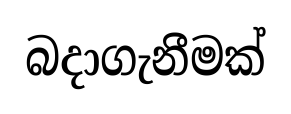
බදාගැනීමක්